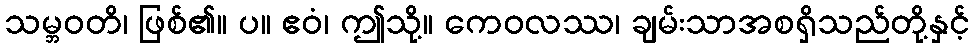
သမ္ဘဝတိ၊ ဖြစ်၏။ ပ။ ဧဝံ၊ ဤသို့။ ကေဝလဿ၊ ချမ်းသာအစရှိသည်တို့နှင့်